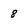
Character: 8